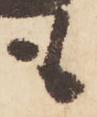
も